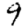
Digit: 9